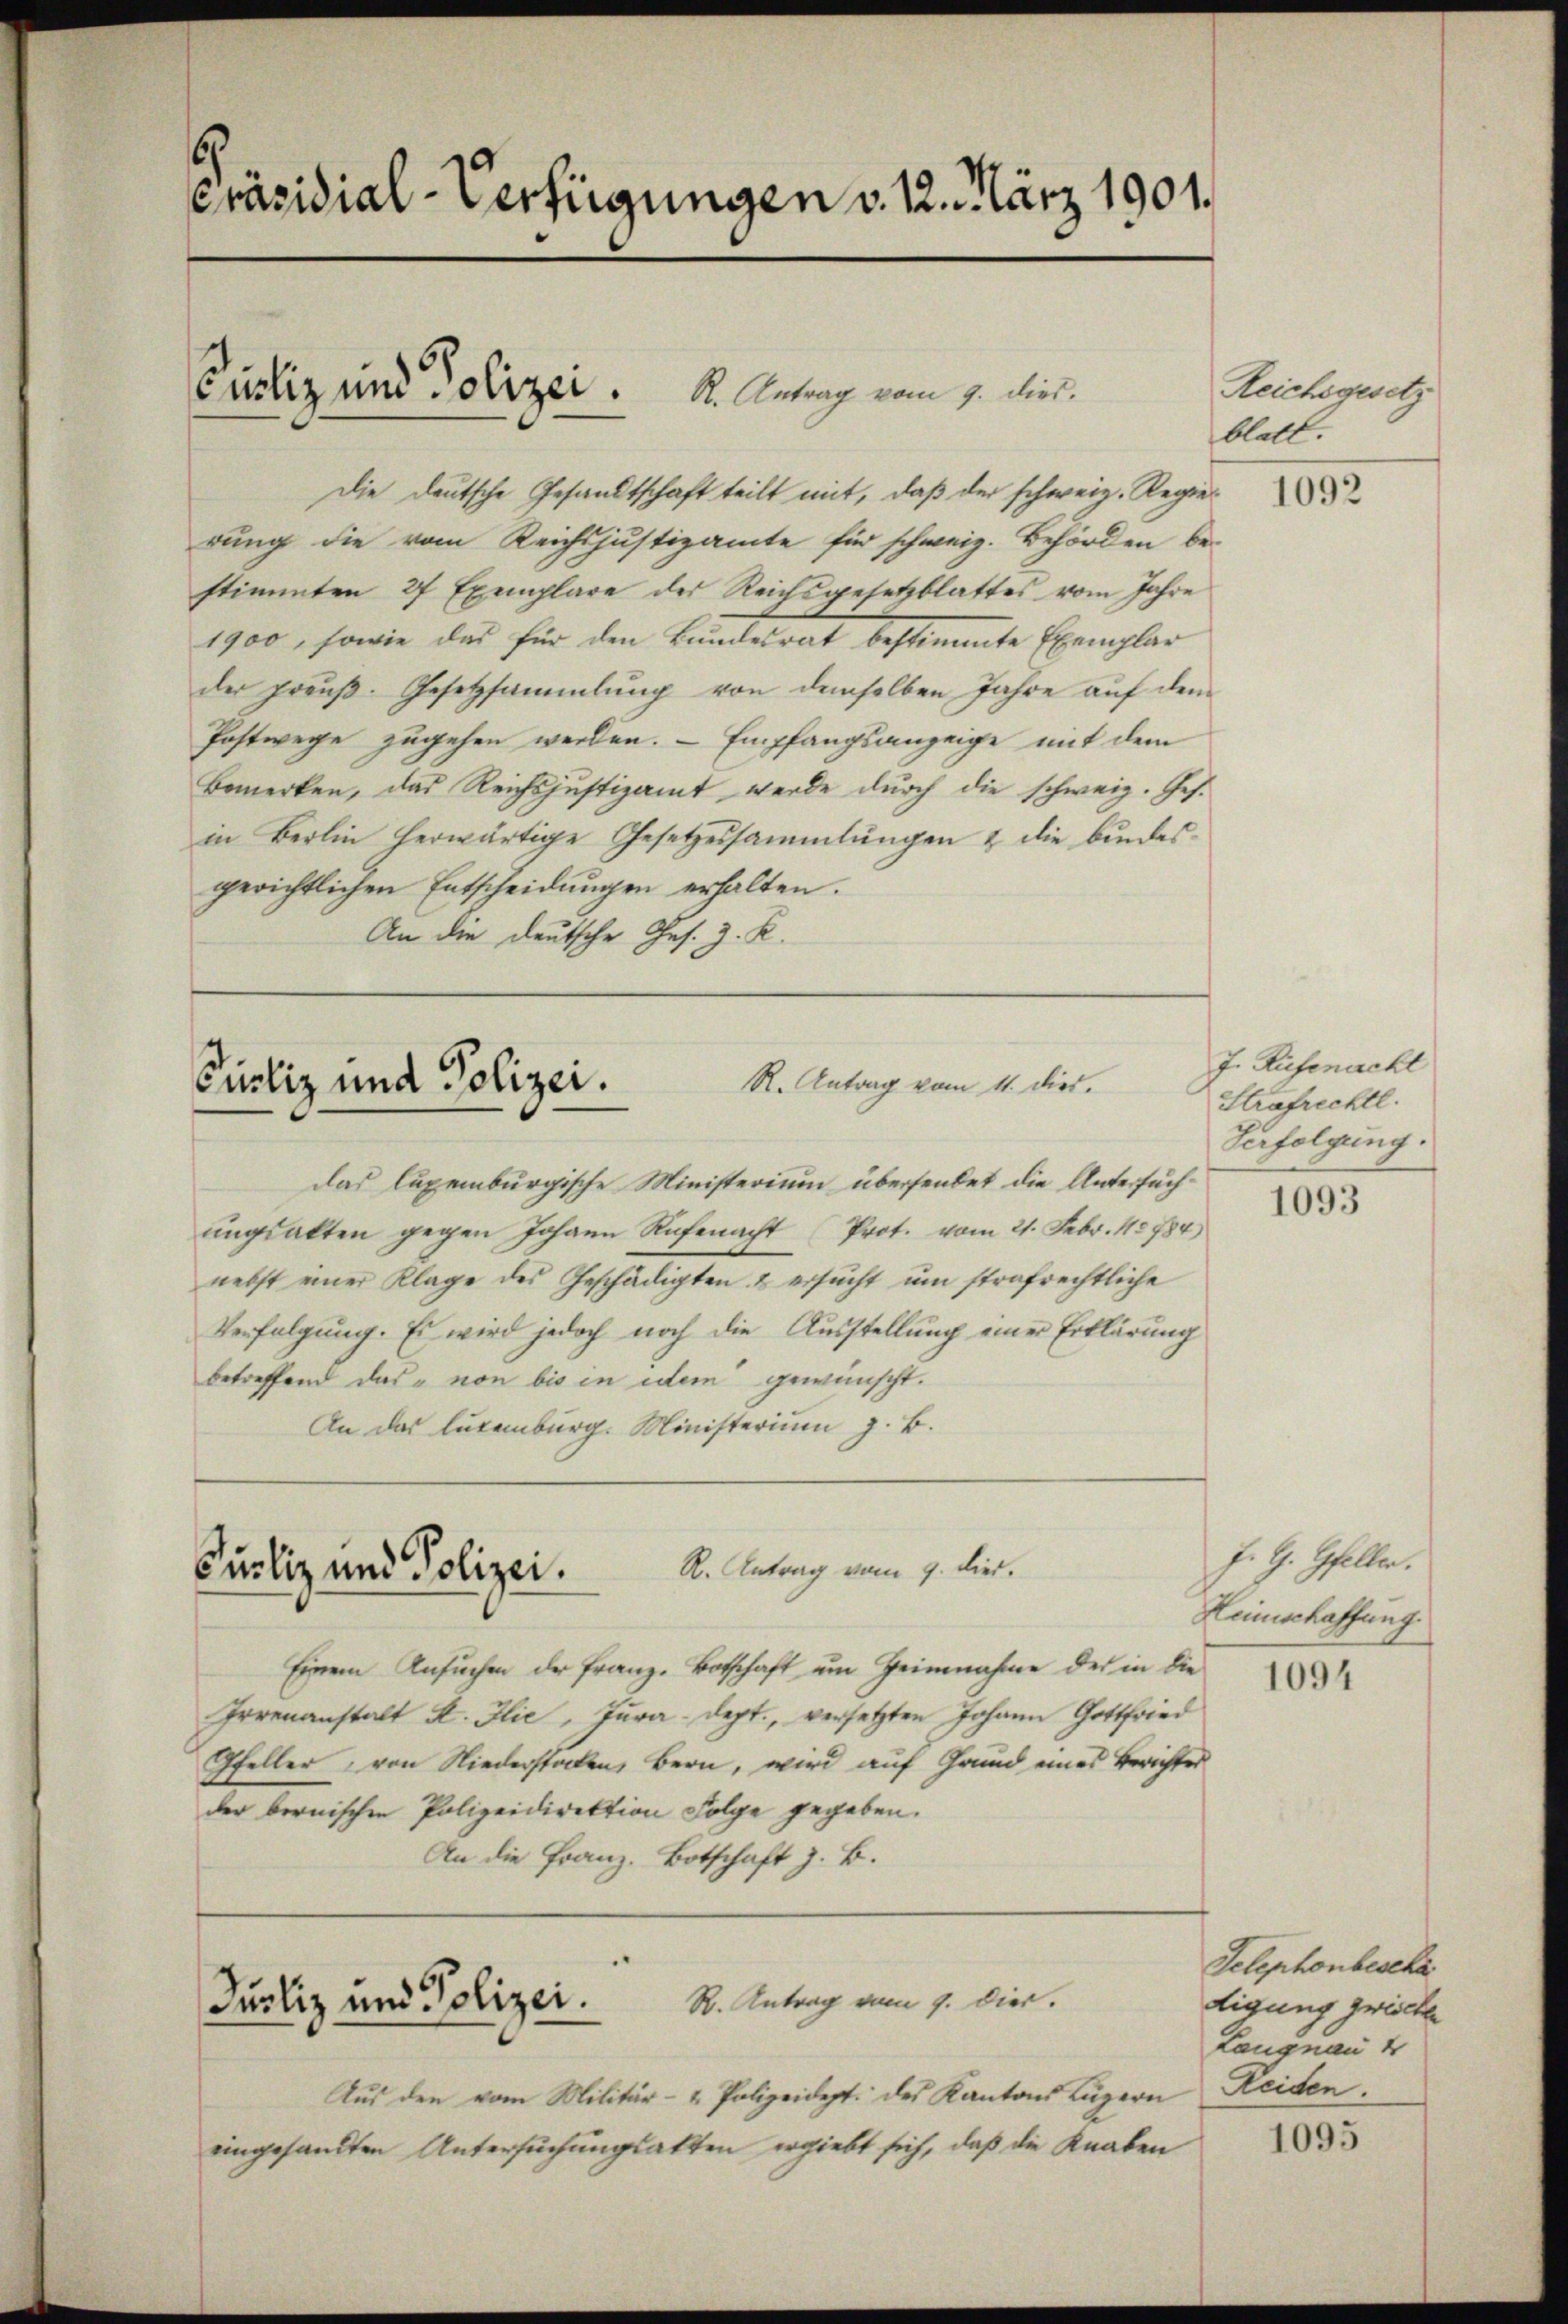
Präsidial-Verfügungen v. 12. März 1901.

Custiz und Polizei . K. Antrag vom 7. ds.

Die deutsche Gesandtschaft teilt mit, daß der schweiz. Regierung die vom Reichsjustizamte für schweiz. Behörden be-
stimmten 27 Exemplare der Reichsgesetzblattes vom Jahre
1900, sowie das für den Bundesrat bestimmte Exemplar
der preuß. Gesetzsammlung von demselben Jahre auf dem
Postwege zugehen werden. – Empfangsanzeige mit dem
Bemerken, das Reichsjustizamt werde durch die schweiz. Ges.
in Berlin herwärtige Gesetzessammlungen & die bundes-
gerichtlichen Entscheidungen erhalten.
An die deutsche Ges. z. R.

R. Antrag vom 11. dies.
Purliz und Polizei.

das luxenburgische Ministerium übersendet die Untersuchŭngsalten gegen Johann Rufenacht Prot. vom 21. Febr. 18784)
nebst einer Klage des Geschädigten & ersucht um strafrechtliche
Verfolgung. Es wird jedoch noch die Ausstellung einer Erklärung
betreffend das von bis in dem gewünscht.
An das lutenburg. Ministerium z. B.

R. Antrag vom 9. dies.
Purliz und Polizei.

Jurliz und Polizei.

R. Antrag vom 9. Dier.

Aus den vom Militär- & Polizeidept. des Kantons Luzern
eingesandten Untersuchungsakten ergiebt sich, daß die Knaben

Einem Ansuchen der Franz. Botschaft um Heimnahme der in die
Irrenanstalt K. Flie, Jura dept., versetzten Johann Gottfried
Pfeller von Niederstocken, Bern, wird auf Grund eines Berichtes
der bernischen Polizeidirektion Folge gegeben.
An die Franz-Botschaft z. B.

Reichsgesetz
blatt.

1092

J. Rüfenacht
Strafrechtl.
Verfolgung:

1093

J. G. Gfeller.
Leinschaffung.

1094

Telephonbescha
digung zwische
Langnau 4
Reiden.

1095